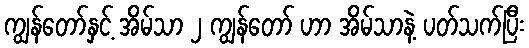
ကျွန်တော်နှင့် အိမ်သာ ၂ ကျွန်တော် ဟာ အိမ်သာနဲ့ ပတ်သက်ပြီး